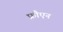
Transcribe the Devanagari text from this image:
फ्रौएन